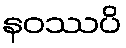
နဝဿပိ